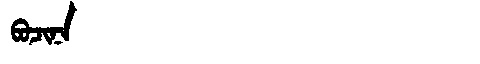
Manchu: ᠪᠣᠴᡳᠨᠠ
Romanization: BOCINA